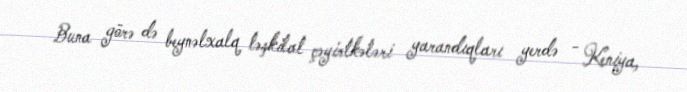
Buna görə də beynəlxalq təşkilat çəyirtkələri yarandıqları yerdə - Keniya,